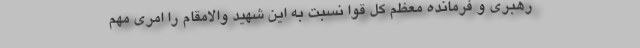
رهبری و فرمانده معظم کل قوا نسبت به این شهید والامقام را امری مهم